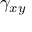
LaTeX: \gamma _ { x y }